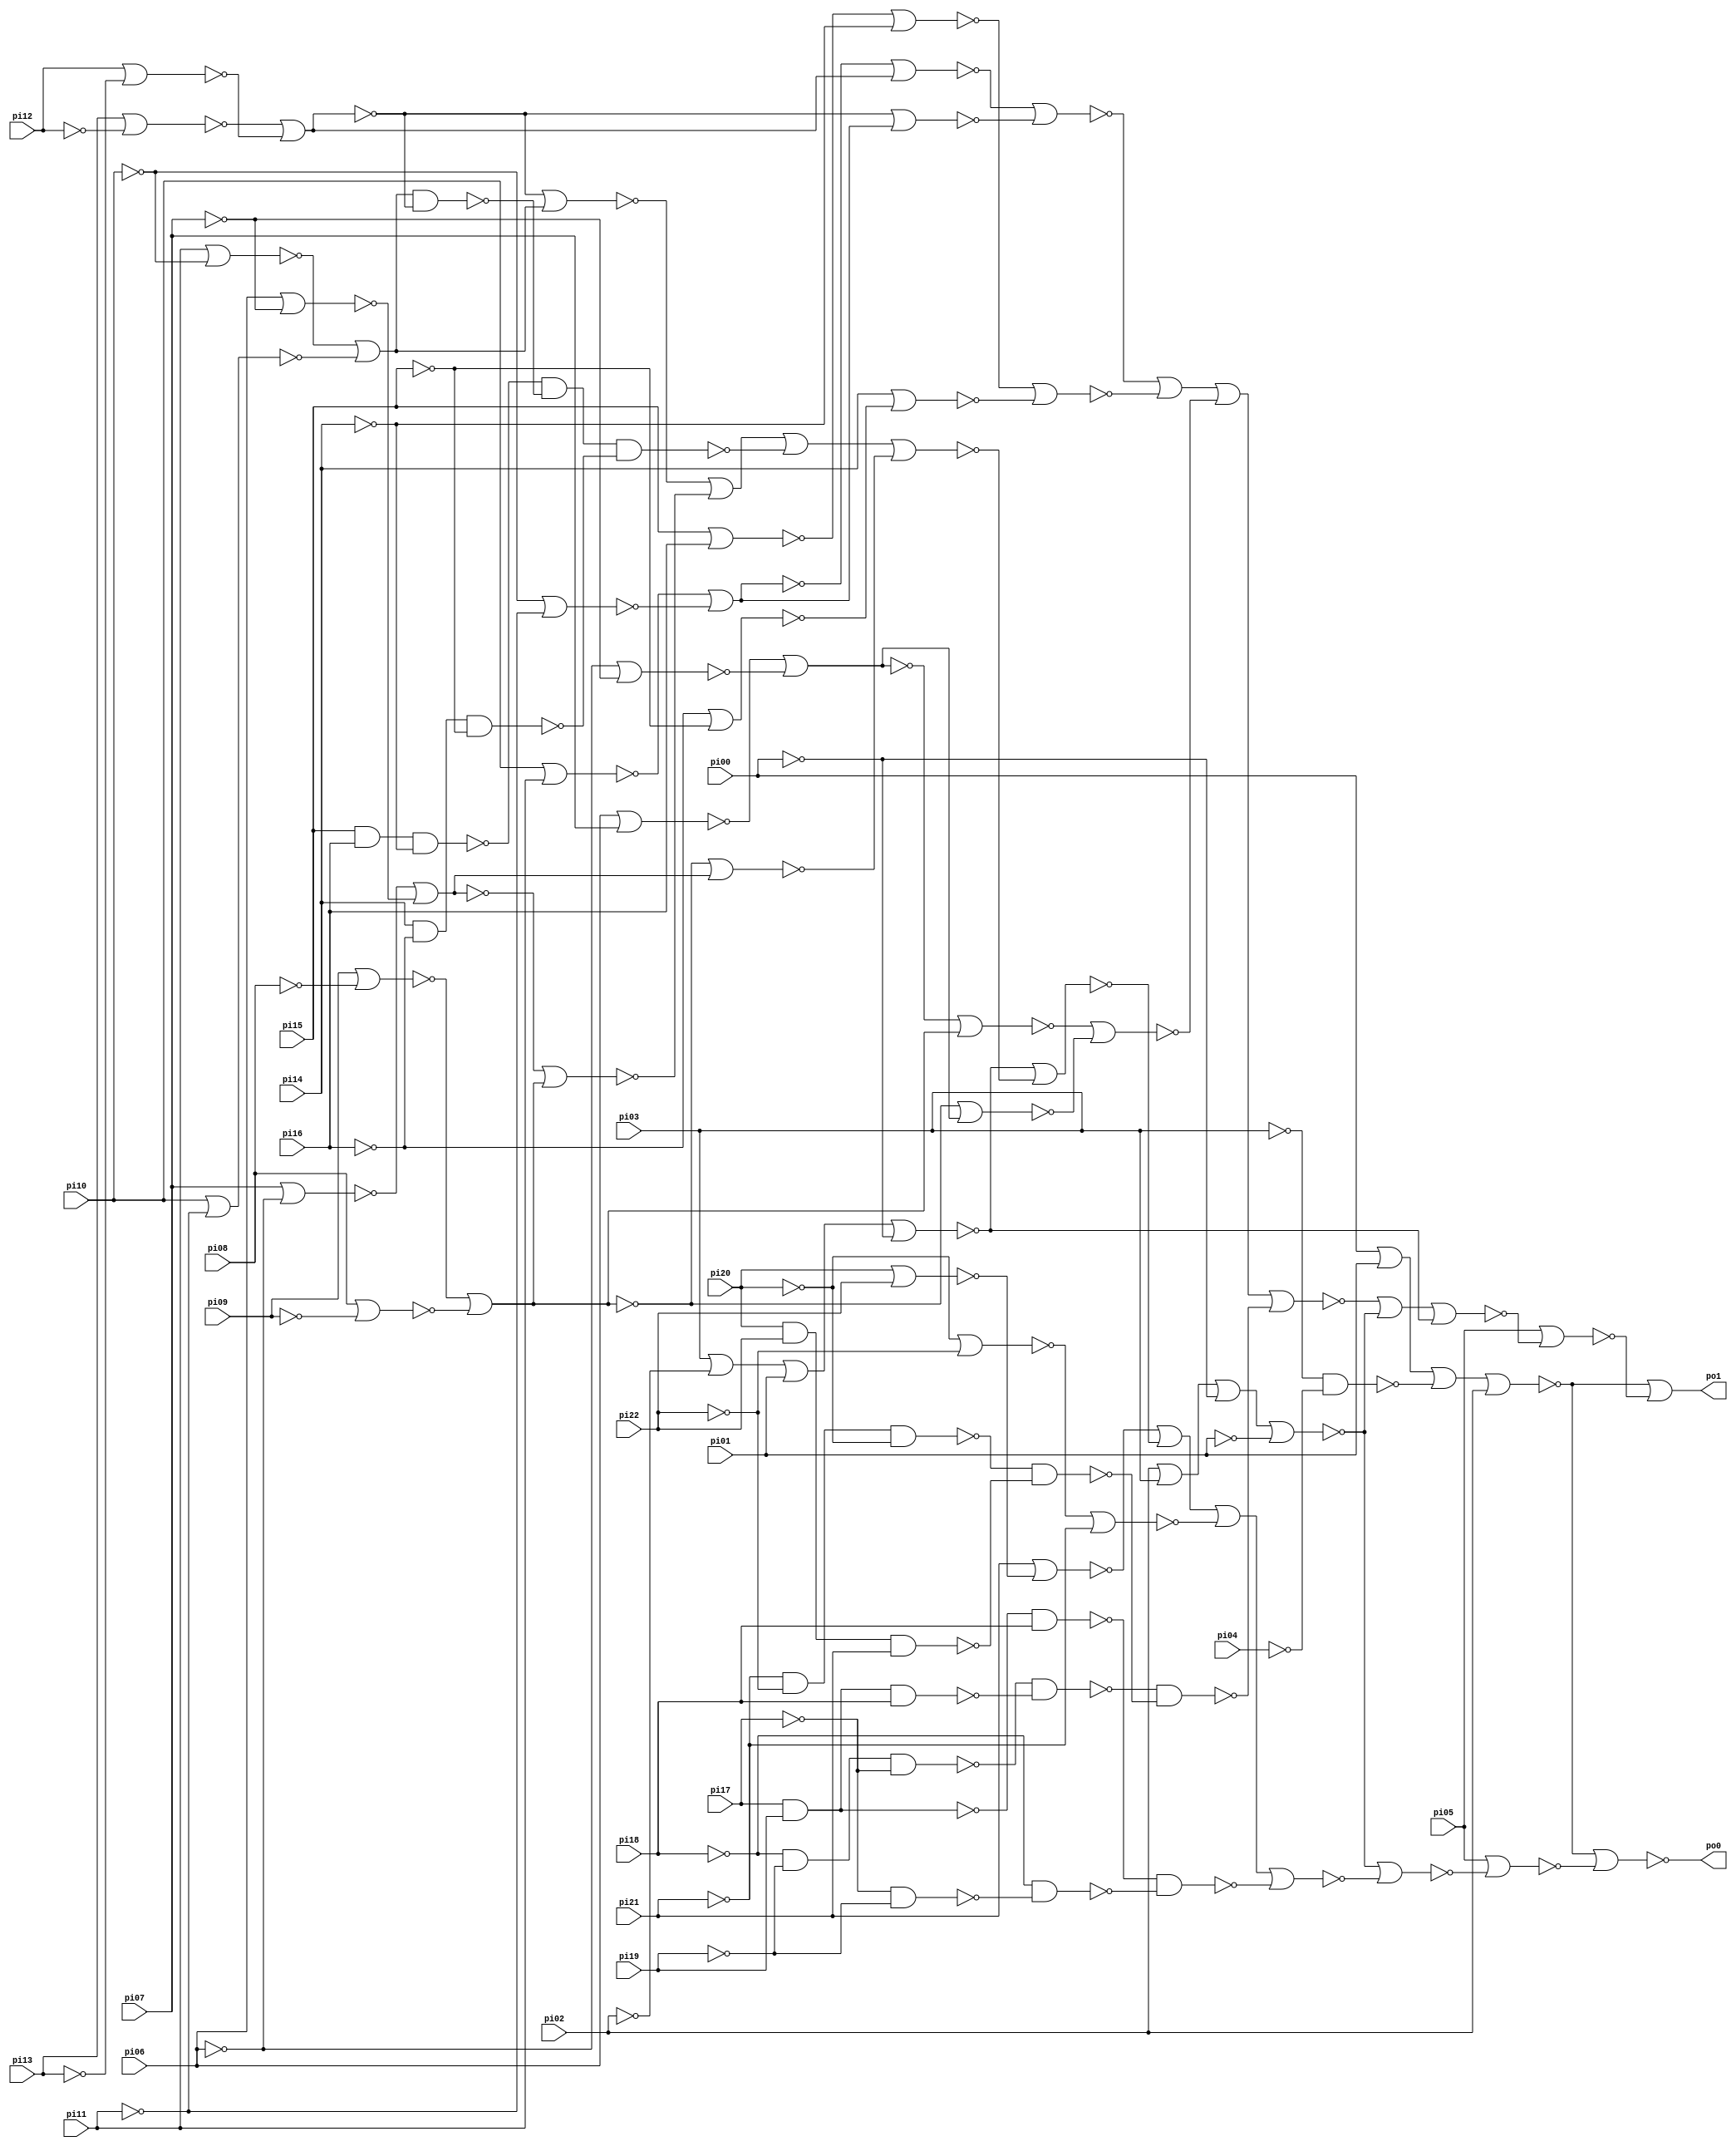
// Benchmark "cordic" written by ABC on Thu Mar 19 13:02:36 2020

module cordic ( 
    pi00, pi01, pi02, pi03, pi04, pi05, pi06, pi07, pi08, pi09, pi10, pi11,
    pi12, pi13, pi14, pi15, pi16, pi17, pi18, pi19, pi20, pi21, pi22,
    po0, po1  );
  input  pi00, pi01, pi02, pi03, pi04, pi05, pi06, pi07, pi08, pi09,
    pi10, pi11, pi12, pi13, pi14, pi15, pi16, pi17, pi18, pi19, pi20, pi21,
    pi22;
  output po0, po1;
  wire new_n26_, new_n27_, new_n28_, new_n29_, new_n30_, new_n31_, new_n32_,
    new_n33_, new_n34_, new_n35_, new_n36_, new_n37_, new_n38_, new_n39_,
    new_n40_, new_n41_, new_n42_, new_n43_, new_n44_, new_n45_, new_n46_,
    new_n47_, new_n48_, new_n49_, new_n50_, new_n51_, new_n52_, new_n53_,
    new_n54_, new_n55_, new_n56_, new_n57_, new_n58_, new_n59_, new_n60_,
    new_n61_, new_n62_, new_n63_, new_n64_, new_n65_, new_n66_, new_n67_,
    new_n68_, new_n69_, new_n70_, new_n71_, new_n72_, new_n73_, new_n74_,
    new_n75_, new_n76_, new_n77_, new_n78_, new_n79_, new_n80_, new_n81_,
    new_n82_, new_n83_, new_n84_, new_n85_, new_n86_, new_n87_, new_n88_,
    new_n90_, new_n91_, new_n92_, new_n93_, new_n94_, new_n95_, new_n96_,
    new_n97_, new_n98_, new_n99_, new_n100_, new_n101_, new_n102_,
    new_n103_, new_n104_, new_n105_, new_n106_, new_n107_, new_n108_,
    new_n109_, new_n110_, new_n111_, new_n112_, new_n113_, new_n114_,
    new_n115_, new_n116_, new_n117_, new_n118_, new_n119_, new_n120_,
    new_n121_, new_n122_, new_n123_, new_n124_, new_n125_, new_n126_;
  assign new_n26_ = ~pi03 & ~pi04;
  assign new_n27_ = ~pi02;
  assign new_n28_ = ~pi00;
  assign new_n29_ = ~pi01;
  assign new_n30_ = ~new_n28_ | ~new_n29_ | ~new_n26_ | ~new_n27_;
  assign new_n31_ = ~pi05;
  assign new_n32_ = ~pi03;
  assign new_n33_ = ~new_n27_ | ~new_n32_ | ~pi00 | ~pi01;
  assign new_n34_ = ~pi20 | ~pi22;
  assign new_n35_ = ~new_n34_ | ~pi21;
  assign new_n36_ = ~pi17;
  assign new_n37_ = ~pi19;
  assign new_n38_ = ~new_n36_ & ~new_n37_;
  assign new_n39_ = ~pi18;
  assign new_n40_ = ~new_n38_ & ~new_n39_;
  assign new_n41_ = ~pi17 & ~pi19;
  assign new_n42_ = ~pi18 & ~new_n41_;
  assign new_n43_ = ~new_n40_ & ~new_n42_;
  assign new_n44_ = ~pi21;
  assign new_n45_ = ~pi20;
  assign new_n46_ = ~pi22;
  assign new_n47_ = ~new_n45_ | ~new_n46_;
  assign new_n48_ = ~new_n44_ | ~new_n47_;
  assign new_n49_ = ~new_n32_ | ~pi02 | ~new_n29_ | ~pi00;
  assign new_n50_ = ~pi11;
  assign new_n51_ = ~new_n50_ | ~pi10;
  assign new_n52_ = ~pi10;
  assign new_n53_ = ~new_n52_ | ~pi11;
  assign new_n54_ = ~new_n51_ | ~new_n53_;
  assign new_n55_ = ~new_n54_;
  assign new_n56_ = ~pi13;
  assign new_n57_ = ~new_n56_ | ~pi12;
  assign new_n58_ = ~pi12;
  assign new_n59_ = ~new_n58_ | ~pi13;
  assign new_n60_ = ~new_n57_ | ~new_n59_;
  assign new_n61_ = ~new_n55_ & ~new_n60_;
  assign new_n62_ = ~pi14;
  assign new_n63_ = ~new_n62_ & ~pi16 & ~pi15;
  assign new_n64_ = ~pi16;
  assign new_n65_ = ~pi15;
  assign new_n66_ = ~new_n65_ & ~new_n64_ & ~pi14;
  assign new_n67_ = ~new_n66_ & ~new_n61_ & ~new_n63_;
  assign new_n68_ = ~pi09;
  assign new_n69_ = ~new_n68_ | ~pi08;
  assign new_n70_ = ~pi08;
  assign new_n71_ = ~new_n70_ | ~pi09;
  assign new_n72_ = ~new_n69_ | ~new_n71_;
  assign new_n73_ = ~pi07;
  assign new_n74_ = ~new_n73_ | ~pi06;
  assign new_n75_ = ~pi06;
  assign new_n76_ = ~new_n75_ | ~pi07;
  assign new_n77_ = ~new_n74_ | ~new_n76_;
  assign new_n78_ = ~new_n77_;
  assign new_n79_ = ~new_n72_ | ~new_n78_;
  assign new_n80_ = ~new_n60_ | ~new_n55_;
  assign new_n81_ = ~new_n72_;
  assign new_n82_ = ~new_n77_ | ~new_n81_;
  assign new_n83_ = ~new_n80_ | ~new_n82_ | ~new_n67_ | ~new_n79_;
  assign new_n84_ = ~new_n49_ | ~new_n83_;
  assign new_n85_ = ~new_n48_ | ~new_n84_ | ~new_n35_ | ~new_n43_;
  assign new_n86_ = ~new_n33_ | ~new_n85_;
  assign new_n87_ = ~new_n31_ | ~new_n86_;
  assign new_n88_ = ~new_n30_ | ~new_n87_;
  assign po0 = ~new_n88_;
  assign new_n90_ = ~new_n75_ | ~new_n73_;
  assign new_n91_ = ~pi06 | ~pi07;
  assign new_n92_ = ~new_n90_ | ~new_n91_;
  assign new_n93_ = ~new_n68_ | ~pi08;
  assign new_n94_ = ~new_n70_ | ~pi09;
  assign new_n95_ = ~new_n93_ | ~new_n94_;
  assign new_n96_ = ~new_n95_;
  assign new_n97_ = ~new_n92_ | ~new_n96_;
  assign new_n98_ = ~new_n92_;
  assign new_n99_ = ~new_n95_ | ~new_n98_;
  assign new_n100_ = ~new_n97_ | ~new_n99_;
  assign new_n101_ = ~pi18 & ~pi19 & ~pi17;
  assign new_n102_ = ~new_n36_ & ~new_n37_ & ~new_n39_;
  assign new_n103_ = ~new_n101_ & ~new_n102_;
  assign new_n104_ = ~pi21 & ~pi22 & ~pi20;
  assign new_n105_ = ~new_n45_ & ~new_n46_ & ~new_n44_;
  assign new_n106_ = ~new_n104_ & ~new_n105_;
  assign new_n107_ = ~new_n103_ & ~new_n106_;
  assign new_n108_ = ~new_n52_ | ~new_n50_;
  assign new_n109_ = ~pi10 | ~pi11;
  assign new_n110_ = ~new_n108_ | ~new_n109_;
  assign new_n111_ = ~new_n56_ | ~pi12;
  assign new_n112_ = ~new_n58_ | ~pi13;
  assign new_n113_ = ~new_n111_ | ~new_n112_;
  assign new_n114_ = ~new_n113_;
  assign new_n115_ = ~new_n110_ | ~new_n114_;
  assign new_n116_ = ~new_n110_;
  assign new_n117_ = ~new_n113_ | ~new_n116_;
  assign new_n118_ = ~new_n115_ | ~new_n117_;
  assign new_n119_ = ~new_n65_ | ~new_n64_;
  assign new_n120_ = ~new_n119_ | ~pi14;
  assign new_n121_ = ~pi16 | ~pi15;
  assign new_n122_ = ~new_n62_ | ~new_n121_;
  assign new_n123_ = ~new_n120_ | ~new_n122_;
  assign new_n124_ = ~new_n118_ | ~new_n123_ | ~new_n100_ | ~new_n107_;
  assign new_n125_ = ~new_n124_ | ~new_n33_ | ~new_n49_;
  assign new_n126_ = ~new_n31_ | ~new_n125_;
  assign po1 = ~new_n30_ | ~new_n126_;
endmodule